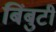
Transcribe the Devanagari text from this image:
बिंबुटी